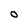
Character: 0